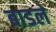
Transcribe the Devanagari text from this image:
बाडले